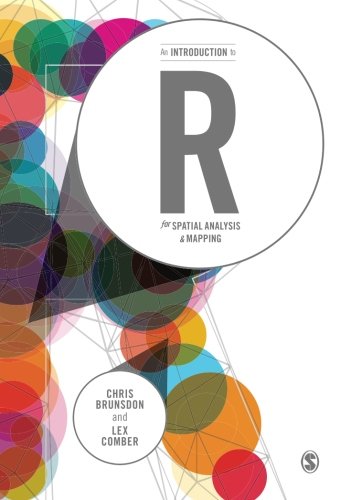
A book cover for An Introduction to R for Spatial Analysis and Mapping; Chris Brunsdon; Politics & Social Sciences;